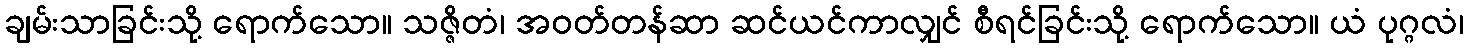
ချမ်းသာခြင်းသို့ ရောက်သော။ သဇ္ဇိတံ၊ အဝတ်တန်ဆာ ဆင်ယင်ကာလျှင် စီရင်ခြင်းသို့ ရောက်သော။ ယံ ပုဂ္ဂလံ၊